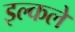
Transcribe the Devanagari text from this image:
इल्कले